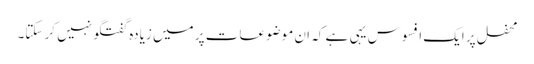
محفل پر ایک افسوس یہی ہے کہ ان موضوعات پر میں زیادہ گفتگو نہیں کر سکتا۔